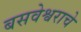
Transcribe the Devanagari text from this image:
बसवेश्वराचे